Annual returns of the Patna Lunatic Asylum at Bankipore in Bihar and Orissa - 1912-1924
Year: 1912
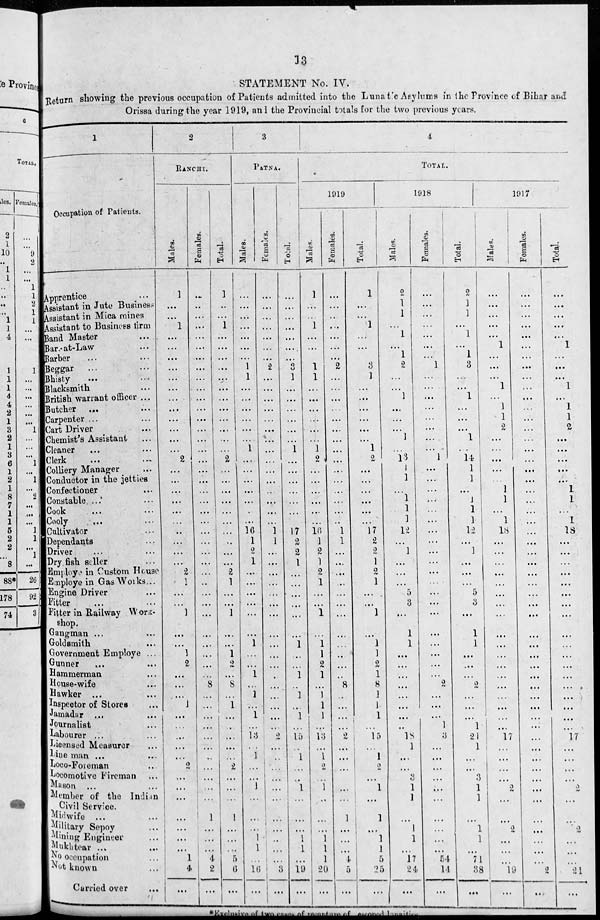
13
STATEMENT No. IV
Return showing the previous occupation of Patients admitted into the Lunatic Asylums i
Orissa during the year 1919, and the Provincial totals for the two previous years.
1
Occupation of Patients.
Apprentice ...
Assistant in Jute Business
Assistant in Mica mines
Assistant to Business firm
Band Master ...
Bar-at-Law ...
Barber ... ...
Beggar ... ...
Bhisty ... ...
Blacksmith ...
British warrant officer ....
Butcher ... ...
Carpenter ... ...
Cart Driver ... ...
Chemist's Assistant ...
Cleaner
...
...
Clerk ... ...
Colliery Manager
...
Conductor in the jetties
Confectioner ...
Constable ... ...
Cook ... ...
Cooly ... ...
Cultivator ...
Dependants ...
Driver ... ...
Dry fish seller ...
Employe in Custom House
Employe in Gas Works...
Engine Driver ...
Fitter ... ...
Fitter in Railway Work-
shop.
Gangman ... ...
Goldsmith ...
Government Employe ...
Gunner ... ...
Hammerman ...
House-wife ...
Hawker ... ...
Inspector of Stores ...
Jamadar ...
Journalist ...
Labourer ...
Licensed Measurer ...
Line man ... ...
Loco-Foreman ...
Locomotive Fireman ...
Mason ... ...
Member of the Indian
Civil Service.
Midwife ... ...
Military Sepoy ...
Mining Engineer ...
Mukhtear ... ...
No occupation ...
Not known ...
Carried over ...
2
RANCHI.
Males.
1
...
...
1
...
...
...
...
...
...
...
...
...
...
...
...
2
...
...
...
...
...
...
...
...
...
...
2
1
...
...
1
...
...
1
2
...
...
...
1
...
...
...
...
...
2
...
...
...
...
...
...
...
1
4
...
Females.
...
...
...
...
...
...
...
...
...
...
...
...
...
...
...
...
...
...
...
...
...
...
...
...
...
...
...
...
..
...
...
...
...
...
...
...
...
8
...
...
...
...
...
...
...
...
...
...
...
1
...
...
...
4 2
...
Total.
1
...
...
1
...
...
...
...
...
...
...
...
...
...
...
...
2
...
...
...
...
...
...
...
...
...
...
2
1
...
...
1
...
...
1
2
...
8
...
1
...
...
...
...
...
2
...
...
...
1
...
...
...
5
6
...
3
PATNA.
Males.
...
...
...
...
...
...
...
1
1
...
...
...
...
...
...
1
...
...
...
...
...
..
...
16
1
2
1
...
...
...
...
...
...
1
...
...
1
...
1
...
1
...
13
...
1
...
...
1
...
...
...
1
1
...
16
...
Females.
...
...
...
...
...
...
...
2
...
...
...
...
...
...
...
...
...
...
...
...
...
...
...
1
1
...
...
...
...
...
...
...
...
...
...
...
...
...
...
...
...
...
2
...
...
...
...
...
...
...
...
...
...
...
3
...
Total.
...
...
...
...
...
...
...
3
1
...
...
...
...
...
...
1
...
...
...
...
...
...
...
17
2
2
1
...
...
...
...
...
...
1
...
...
1
...
1
...
1
...
15
...
1
...
...
1
...
...
...
1
1
...
19
...
4
TOTAL.
1919
Males.
1
...
...
1
...
...
...
1
1
...
...
...
...
...
...
1
2
...
...
...
...
...
...
16
1
2
1
2
1
...
...
1
...
1
1
2
1
...
1
1
1
...
13
...
1
2
...
1
...
...
...
1
1
1
20
...
Females.
...
...
...
...
...
...
...
2
...
...
...
...
...
...
...
...
...
...
...
...
...
...
..
1
1
...
...
...
...
...
...
...
...
...
...
...
...
8
...
...
...
...
2
...
...
...
...
...
...
1
...
...
...
4
5
...
Total.
1
...
...
1
...
...
...
3
1
...
...
...
...
...
...
1
2
...
...
...
...
...
...
17
2
2
1
0
1
...
...
1
...
1
1
2
1
8
1
1
1
...
15
...
1
2
...
1
...
1
...
1
1
5
25
...
1918
Males.
2
1
1
...
1
...
1
2
...
...
1
...
...
...
1
...
13
1
1
...
1
1
1
12
...
1
...
...
...
5
3
...
1
1
...
...
...
...
...
...
...
...
18
1
...
...
3
1
1
...
1
1
...
17
24
...
Females.
...
...
...
...
...
...
...
1
...
...
...
...
...
...
...
...
1
...
...
...
...
...
...
...
...
...
...
...
...
...
...
...
...
...
...
...
...
2
...
...
...
1
3
...
...
...
...
...
...
...
...
...
...
54
14
...
Total.
2
1
1
...
1
...
1
3
...
...
1
...
...
...
1
...
14
1
1
...
1
1
1
12
...
1
...
...
...
5
3
...
1
1
...
...
...
2
...
...
...
1
21
1
...
...
3
1
1
...
1
1
...
71
38
...
1917
Males.
...
...
...
...
...
1
...
...
...
1
...
1
1
2
...
...
...
...
...
1
1
...
1
18
...
...
...
...
...
...
...
...
...
...
...
...
...
...
...
...
...
...
17
...
...
...
...
2
...
...
2
...
...
...
19
...
Females.
...
...
...
...
...
...
...
...
...
...
...
...
...
...
...
...
...
...
...
...
...
...
...
...
...
...
...
...
...
...
...
...
...
...
...
...
...
...
...
...
...
...
...
...
...
...
...
...
...
...
...
...
...
...
2
...
Total.
...
...
...
...
...
1
...
...
...
1
...
1
1
2
...
...
...
...
...
1
1
...
1
18
...
...
...
...
...
...
...
...
...
...
...
...
...
...
...
...
...
...
17
...
...
...
...
2
...
...
2
...
...
...
21
...
*Exclusive of two cases of recenture of esconed lunatics.